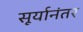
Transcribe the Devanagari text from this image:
सूर्यानंतर